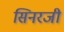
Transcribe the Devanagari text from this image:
सिनरजी